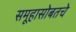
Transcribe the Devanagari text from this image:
समूहासोबतचे